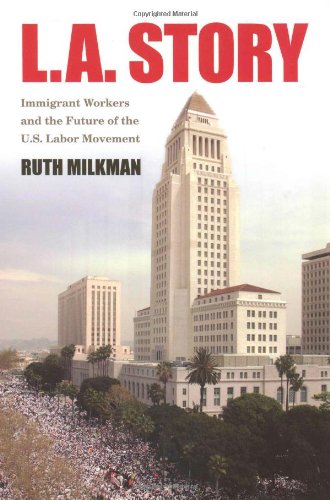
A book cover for L.A. Story: Immigrant Workers And the Future of the U.S. Labor Movement; Ruth Milkman; Business & Money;